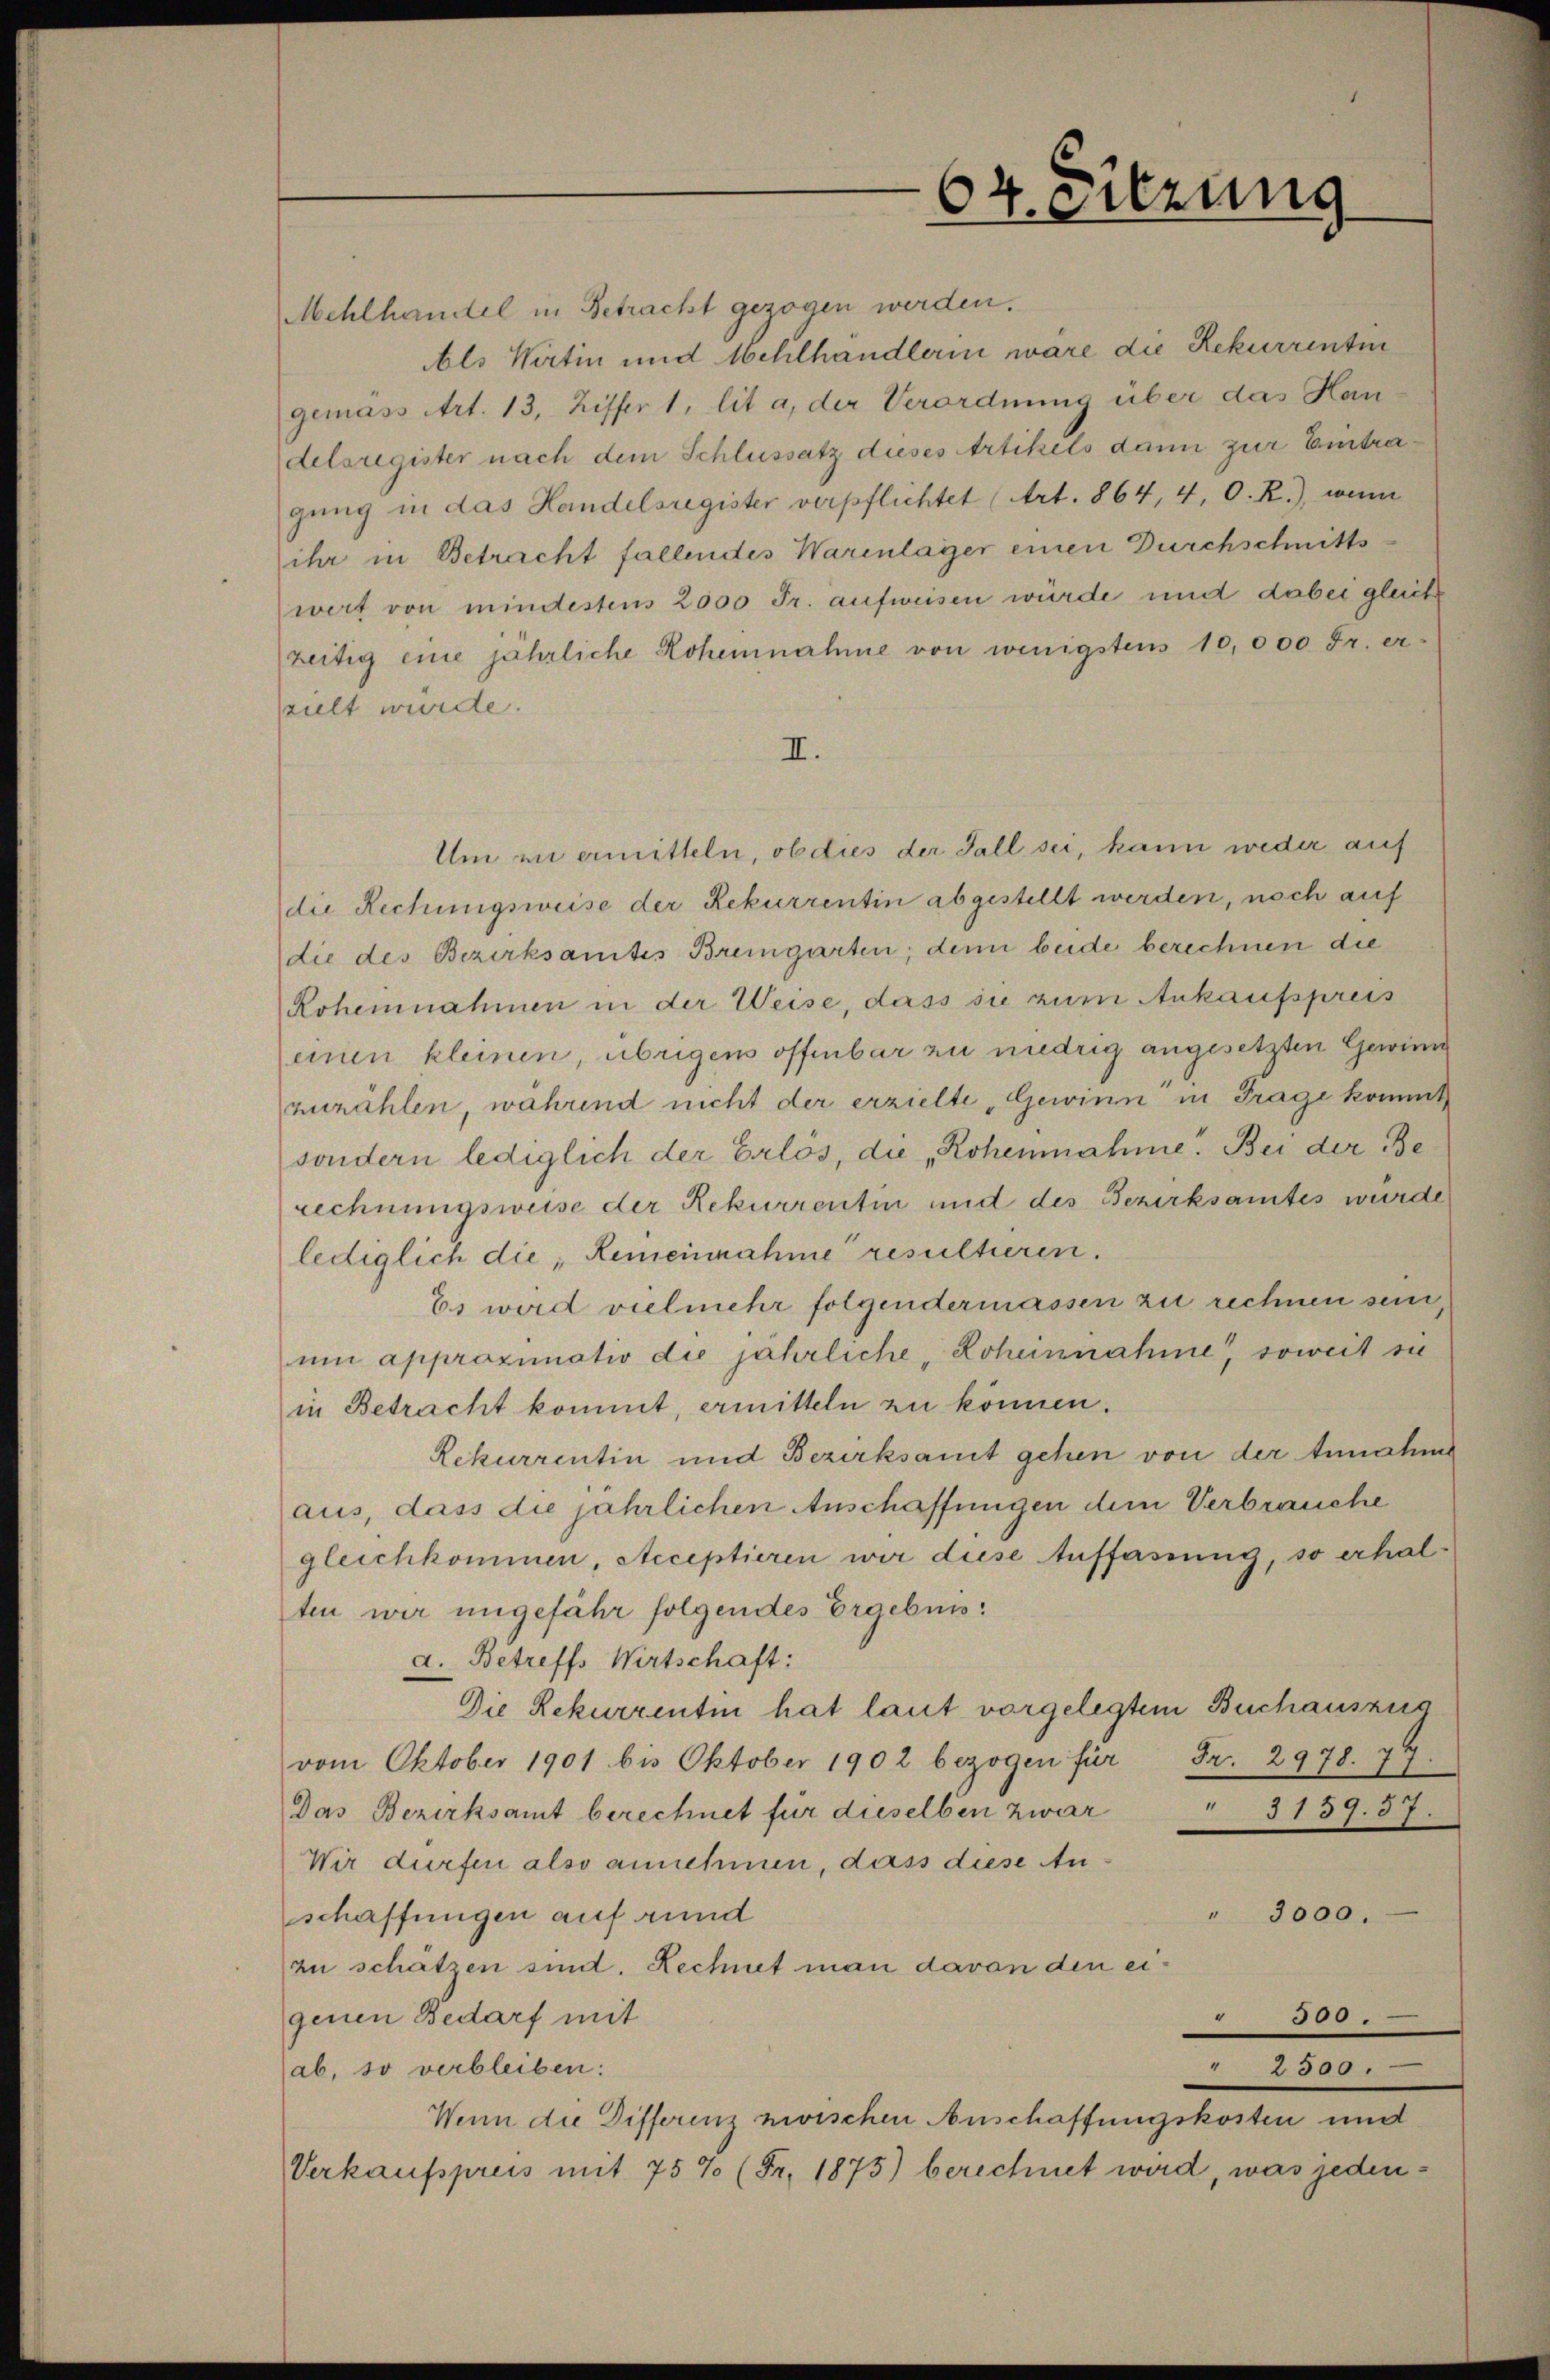
Mehlt

64. Sitzung

bls Wirtin und Schelhändlerin wäre die Rekurrentin
gemäss Art. 13, Ziffer 1, lit a, der Verordnung über das Handelsregister nach dem Schlussatz dieses Artikels dann zur Eintragung in das Handelsregister verpflichtet (Art. 864, 4, O. R.), wenn
ihr in Betracht fallendes Warenlager einen Durchschnitts
wert von mindestens 2000 Fr. aufweisen würde und dabei gleiche
zeitig eine jährliche Rohennahme von wenigstens 10,000 Fr. erpilt wurde.
II.
Um in ermitteln, ob dies der Fall sei, kann weder auf
die Rechungsweise der Rekurrentin abgestellt werden, noch auf
die des Bezirksamtes Bremgarten; denn beide berechnen die
Rohemnahmen in der Weise, dass sie zum Ankaufspreis
einen kleinen, übrigen offenbar zu niedrig angesetzten Gewinn
zuzählen, während nicht der erzielte „Gewinn in Frage kommt,
sondern lediglich der Erlös, die „Rohennahme. Bei der Berechnungsweise der Rekurrentin und des Bezirksamtes wurde
lediglich die Remeinnahme resultieren.
Es wird vielmehr folgendermassen zu rechnen sein,
um approximatio die jährliche Lohennahme, soweit sie
in Betracht kommt, ermitteln zu können.
Rekurrentin und Bezirksamt gehen von der Annahme
aus, dass die jährlichen Anschaffungen dem Verbrauche
gleichkommen, Acceptieren wir diese Auffassung, so erhalten wir ungefähr folgendes Ergeben:
ad. Betreffs Wirtschaft:
Die Rekurrentin hat laut vorgelegtem Buchauszug
vom Oktober 1901 bis Oktober 1902 bezogen für Fr. 2978. 79
Das Bezirksamt berechnet für dieselben zwar
3137. 37.
Wir dürfen also annehmen, dass diese An¬
" 3000.
schaffungen auf rund
zu schätzen sind. Rechnet man davon den eigenen Bedarf mit
65.
" 2500.
ab, so verbleiben:
Wenn die Differenz zwischen Anschaffungskosten und
Verkaufspreis mit 75% (Fr. 1875) berechnet wird, was jeden¬